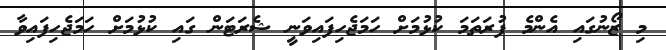
މި ޒޯނުގައި އެންމެ ފުރަތަމަ ކުޅުމަށް ހަމަޖެހިފައިވަނީ ޝެރަޓަން ގައި ކުޅުމަށް ހަމަޖެހިފައިވާ